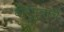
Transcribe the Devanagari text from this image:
वीरपुत्राचे